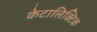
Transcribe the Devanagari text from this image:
केटालिक्टिक